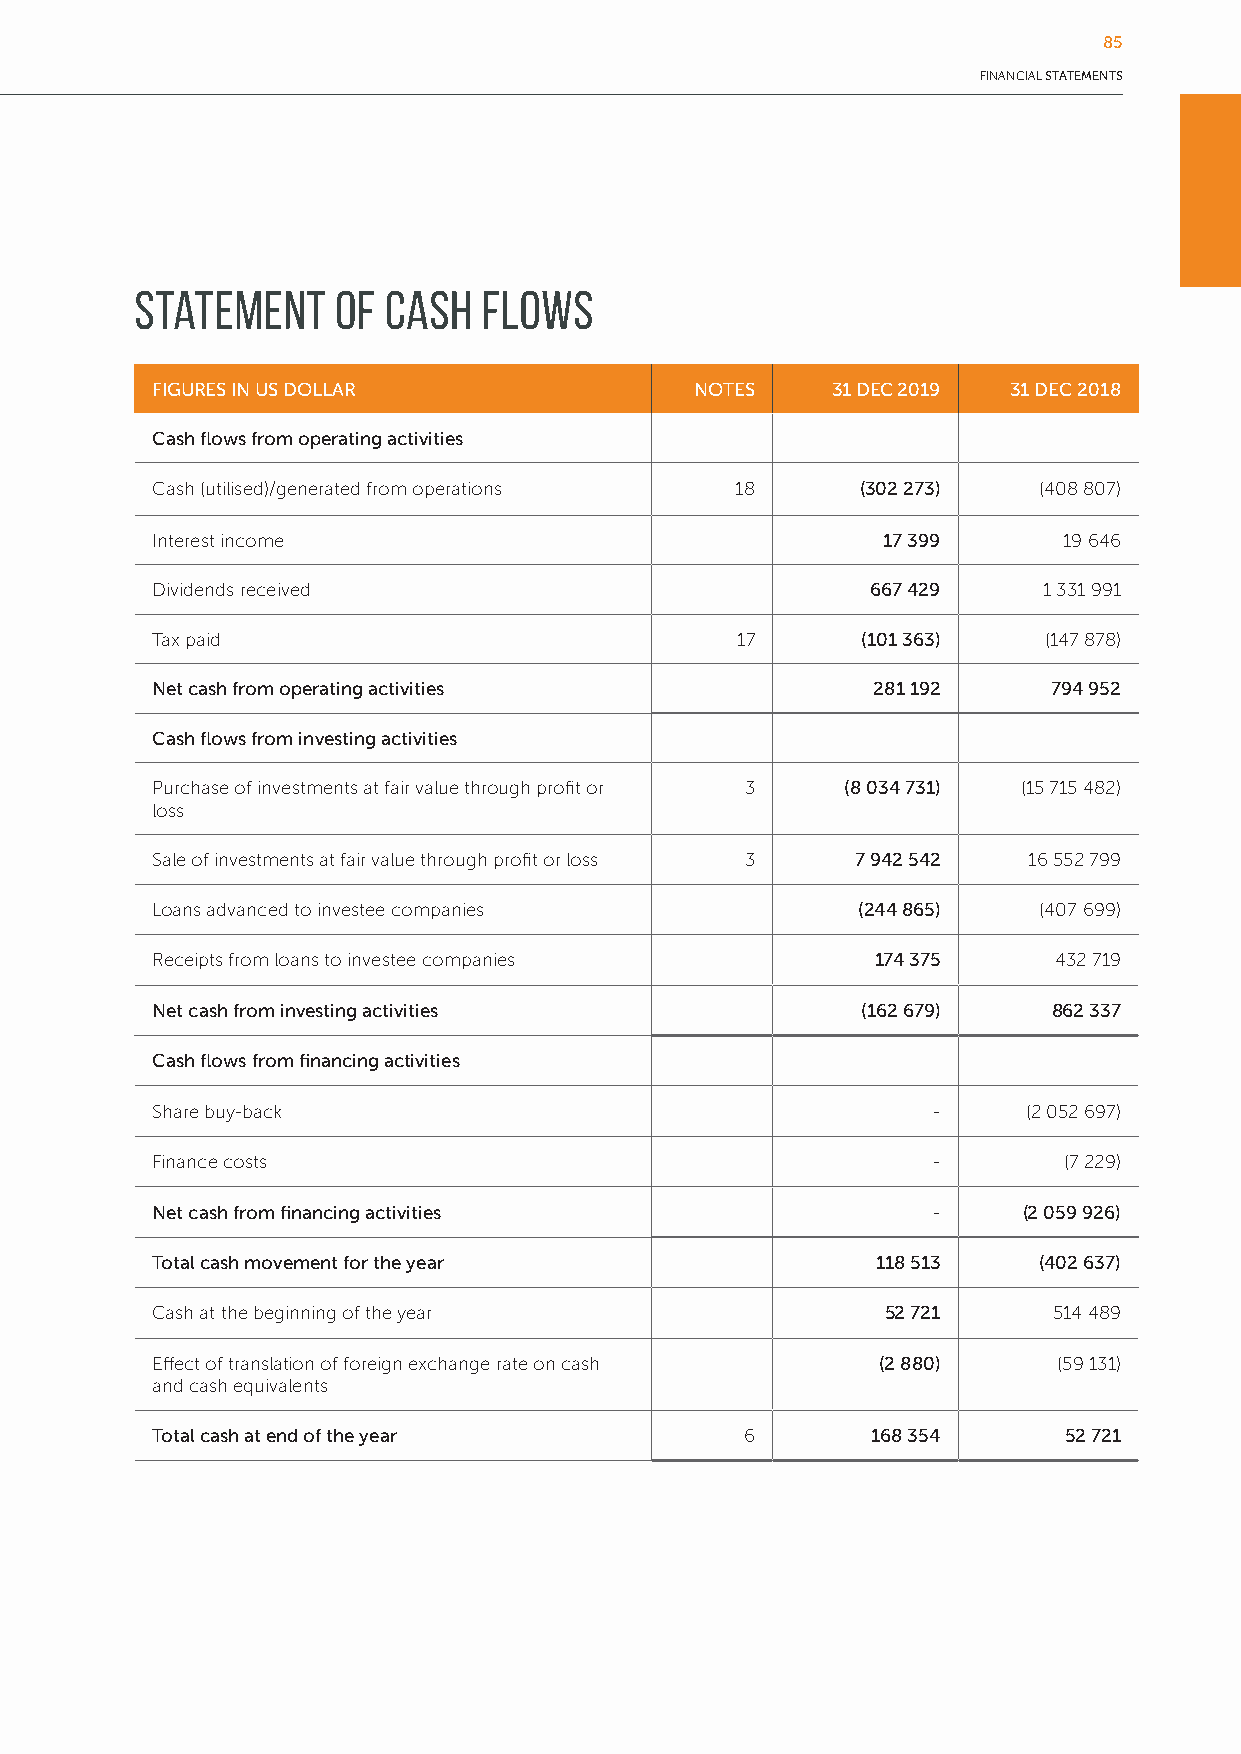
85
 FINANCIAL STATEMENTS
 Statement    of Cash   Flows
 FIGURES IN US DOLLAR                NOTES    31 DEC 2019 31 DEC 2018
 Cash flows from operating activities
 Cash (utilised)/generated from operations 18   (302 273)   (408 807)
 Interest income                                 17 399      19 646
 Dividends received                              667 429    1 331 991
 Tax paid                               17      (101 363)   (147 878)
 Net cash from operating activities              281 192     794 952
 Cash flows from investing activities
 Purchase of investments at fair value through profit or 3 (8 034 731) (15 715 482)
 loss
 Sale of investments at fair value through profit or loss 3 7 942 542 16 552 799
 Loans advanced to investee companies           (244 865)   (407 699)
 Receipts from loans to investee companies       174 375     432 719
 Net cash from investing activities             (162 679)    862 337
 Cash flows from financing activities
 Share buy-back                                      -     (2 052 697)
 Finance costs                                       -       (7 229)
 Net cash from financing activities                  -     (2 059 926)
 Total cash movement for the year                118 513    (402 637)
 Cash at the beginning of the year                52 721     514 489
 Effect of translation of foreign exchange rate on cash (2 880) (59 131)
 and cash equivalents
 Total cash at end of the year          6        168 354     52 721